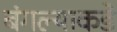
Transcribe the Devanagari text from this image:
बंगल्याकडे